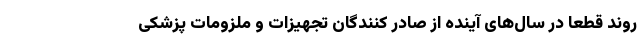
روند قطعا در سال‌های آینده از صادر کنندگان تجهیزات و ملزومات پزشکی